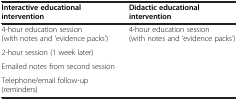
<table><thead><tr><td><b>Interactive educational intervention</b></td><td><b>Didactic educational intervention</b></td></tr></thead><tbody><tr><td>4-hour education session (with notes and ‘evidence packs’)</td><td>4-hour education session (with notes and ‘evidence packs’)</td></tr><tr><td>2-hour session (1 week later)</td><td> </td></tr><tr><td>Emailed notes from second session</td><td> </td></tr><tr><td>Telephone/email follow-up (reminders)</td><td> </td></tr></tbody></table>